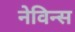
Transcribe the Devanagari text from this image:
नेविन्स